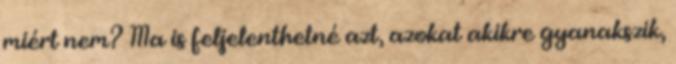
miért nem? Ma is feljelenthetné azt, azokat akikre gyanakszik,